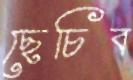
ছেচিব